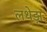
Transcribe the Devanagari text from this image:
लथेड़ा